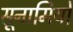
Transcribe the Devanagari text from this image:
सूनामियों